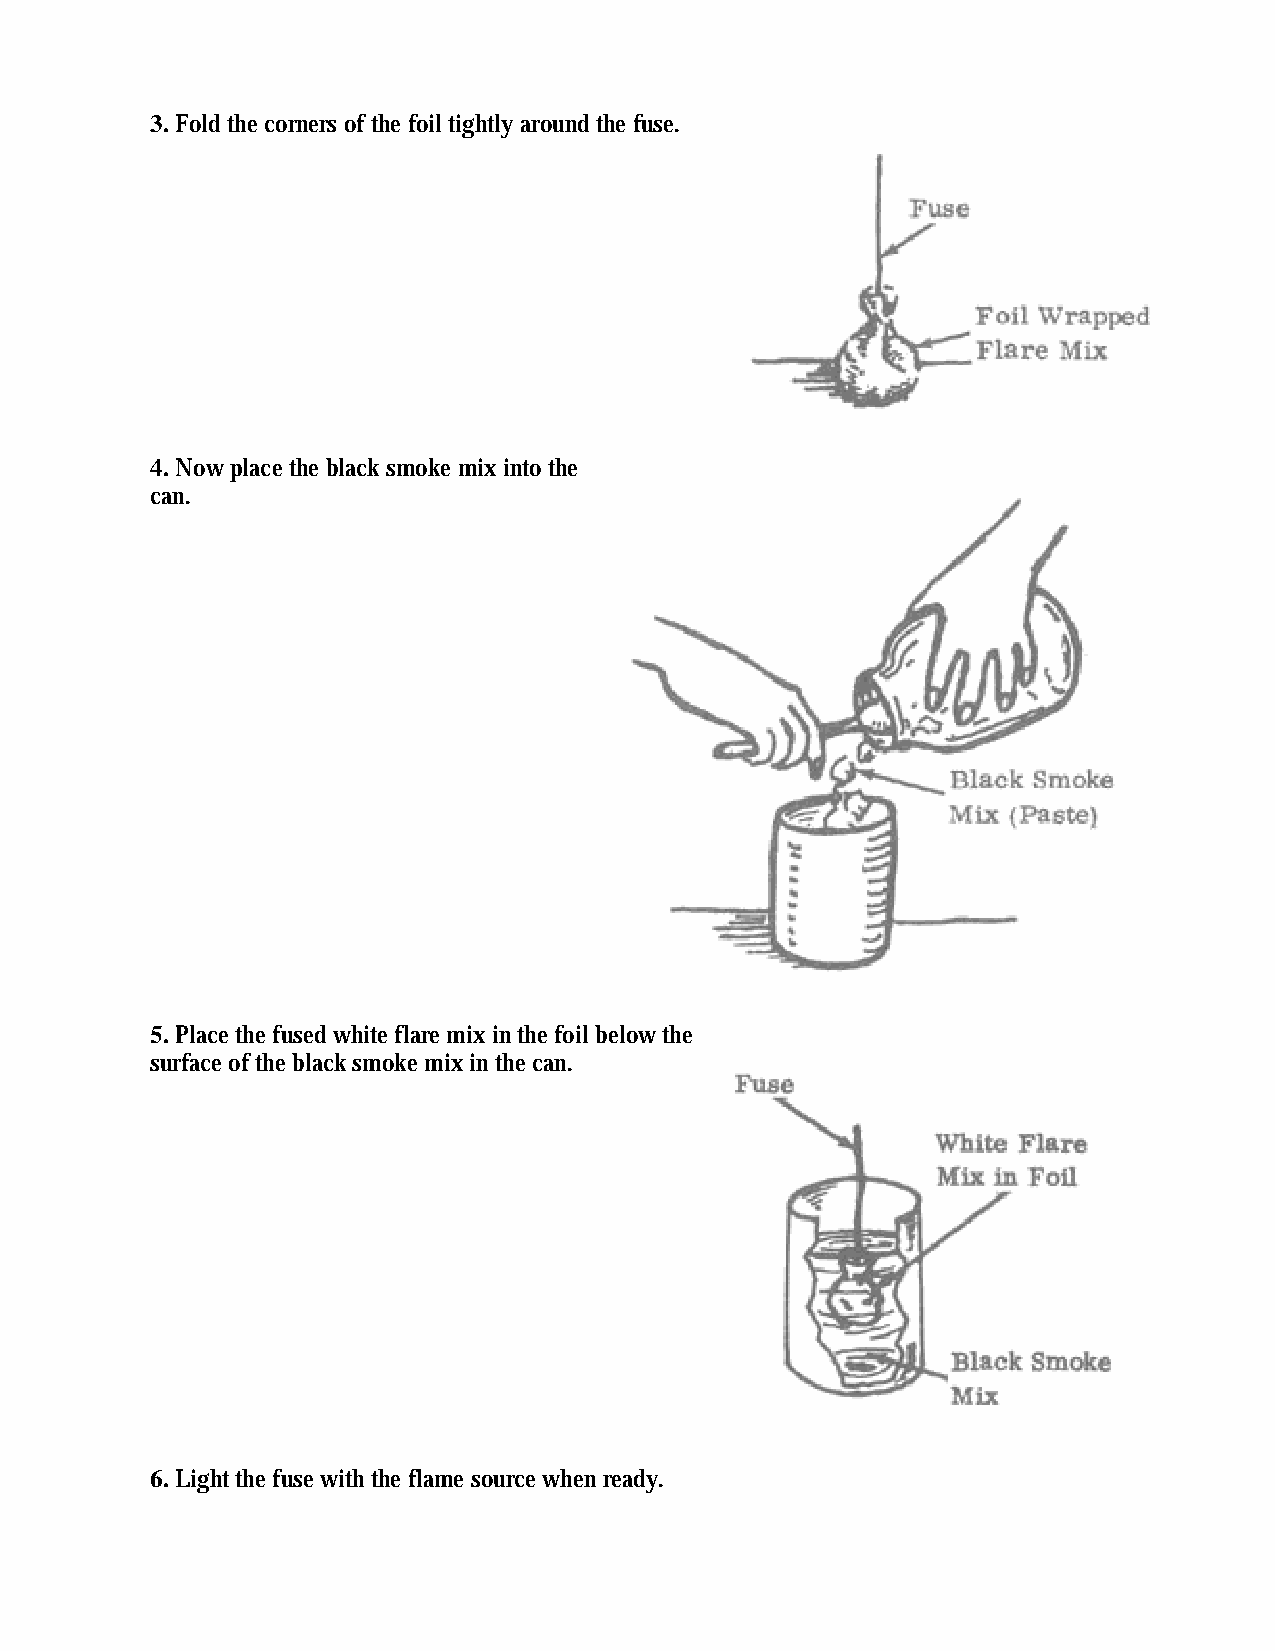
3. Fold the corners of the foil tightly around the fuse.
 4. Now place the black smoke mix into the
 can.
 5. Place the fused white flare mix in the foil below the
 surface of the black smoke mix in the can.
 6. Light the fuse with the flame source when ready.